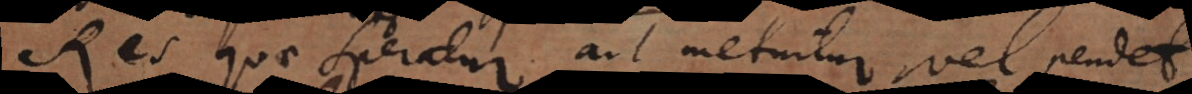
Res quae speratur aut metuitur vel pendet